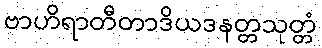
ဗာဟိရာတီတာဒိယဒနတ္တသုတ္တံ